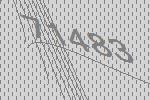
71483